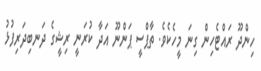
ހިންދޫ ރައްޓެހިން ގިނަ މީހެކެވެ. ތާޕްސީ ޕަންނޫ އަދާ ކުރަނީ ރިޝީގެ ދަނބިދަރިފުޅު